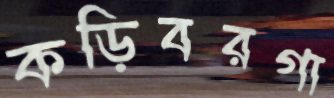
কড়িবরগা